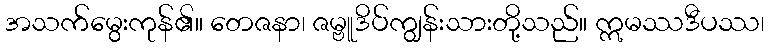
အသက်မွေးကုန်၏။ တေဇနာ၊ ဇမ္ဗူဒိပ်ကျွန်းသားတို့သည်။ ဣမဿဒီပဿ၊